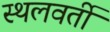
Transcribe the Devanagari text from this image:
स्थलवर्ती